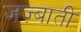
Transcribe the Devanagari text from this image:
जज़्बाती